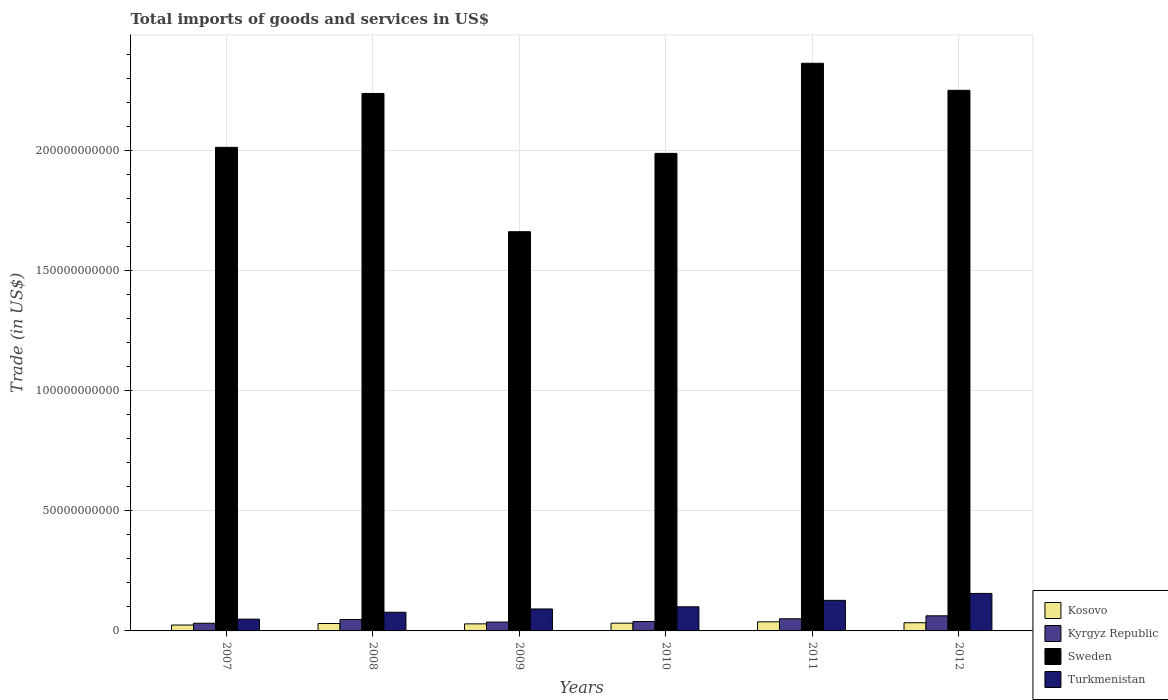
| Years | Kosovo | Kyrgyz Republic | Sweden | Turkmenistan |
 | --- | --- | --- | --- | --- |
 | 2007 | 2.45e+09 | 3.2e+09 | 2.01e+11 | 4.9e+09 |
 | 2008 | 3.09e+09 | 4.76e+09 | 2.24e+11 | 7.78e+09 |
 | 2009 | 2.94e+09 | 3.69e+09 | 1.66e+11 | 9.14e+09 |
 | 2010 | 3.23e+09 | 3.92e+09 | 1.99e+11 | 1e+10 |
 | 2011 | 3.8e+09 | 5.06e+09 | 2.36e+11 | 1.27e+10 |
 | 2012 | 3.4e+09 | 6.29e+09 | 2.25e+11 | 1.56e+10 |